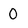
Character: 0